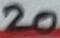
Text: 20